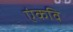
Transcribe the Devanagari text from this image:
एंकवि